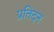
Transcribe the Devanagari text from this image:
प्रतिदन